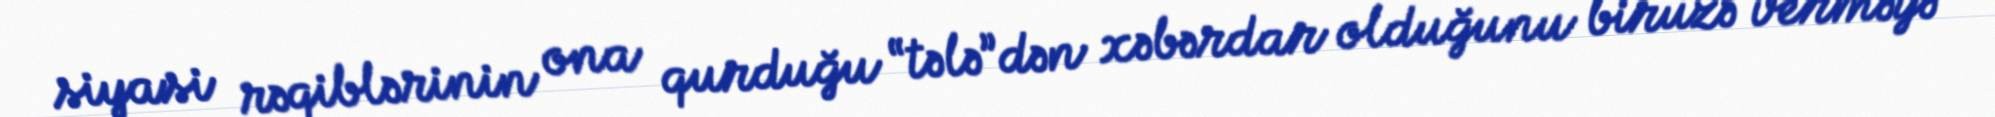
siyasi rəqiblərinin ona qurduğu “tələ”dən xəbərdar olduğunu biruzə verməyə